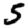
Digit: 5